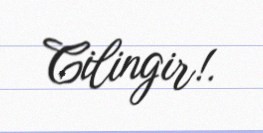
Cilingir!.